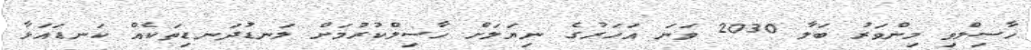
ހާސިލްވި މިންވަރު ބަލާ 2030 ވަނަ އަހަރުގެ ނިޔަލަށް ހާސިލްކުރުމަށް ލަނޑުދަނޑިތަކެއް ކަނޑައަޅާ